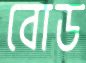
বোড